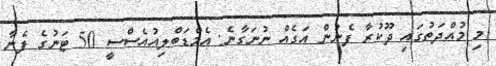
މި މުއްދަތުގައި ދޫކުރާ ފެނުން އަގެއް ނުނަގާނެ: އެމްޑަބްލިއުއެސްސީ 50 ޓަނުގެ ފެނާ